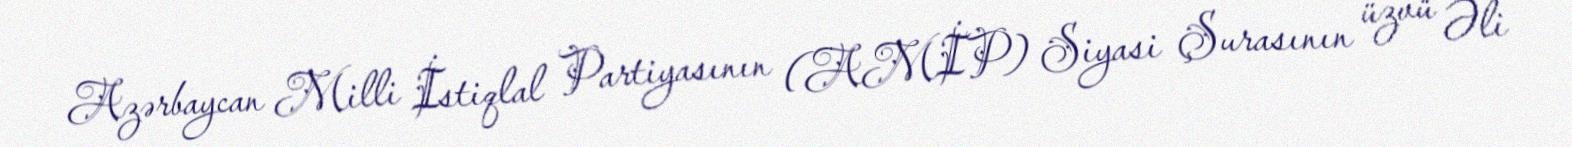
Azərbaycan Milli İstiqlal Partiyasının (AMİP) Siyasi Şurasının üzvü Əli